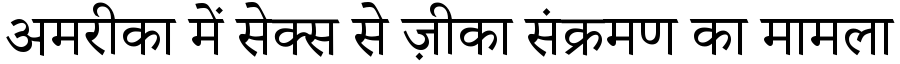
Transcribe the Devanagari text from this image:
अमरीका में सेक्स से ज़ीका संक्रमण का मामला